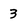
Character: 3